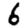
Digit: 6